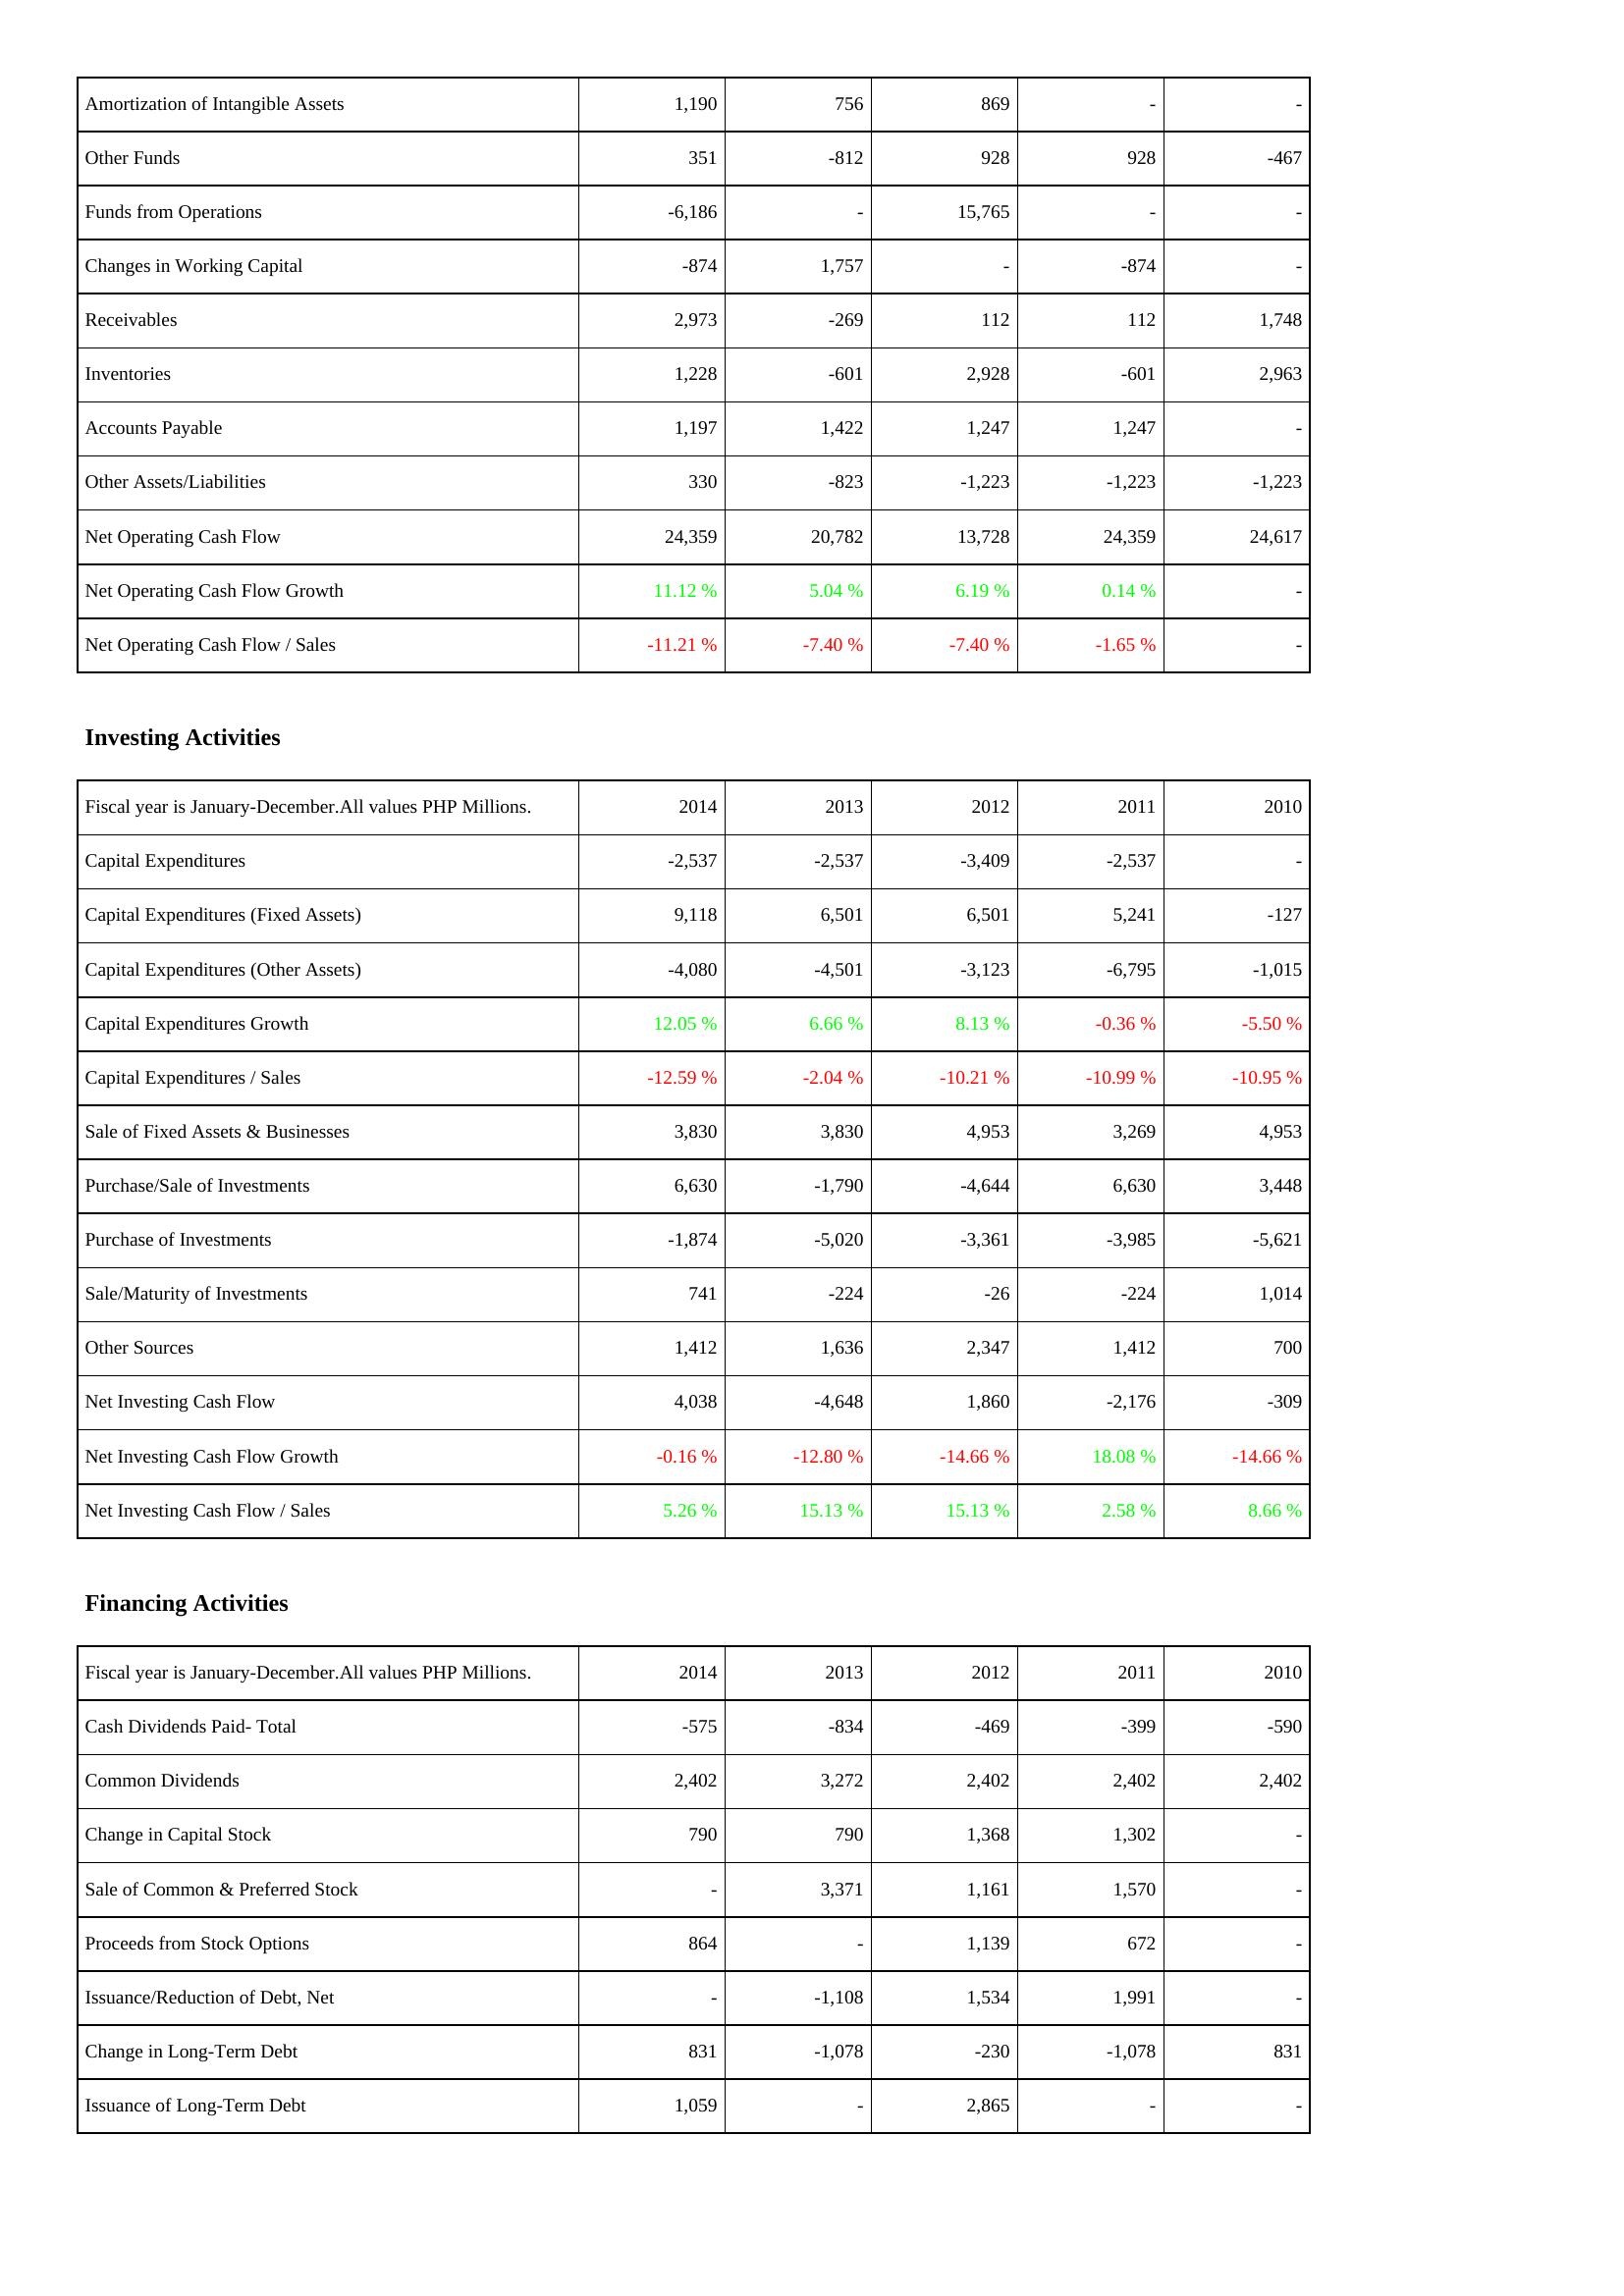
2014: Operating Activities: Amortization of Intangible Assets: 1,190
Other Funds: 351
Funds from Operations: -6,186
Changes in Working Capital: -874
Receivables: 2,973
Inventories: 1,228
Accounts Payable: 1,197
Other Assets/Liabilities: 330
Net Operating Cash Flow: 24,359
Net Operating Cash Flow Growth: 11.12 %
Net Operating Cash Flow / Sales: -11.21 %
Investing Activities: Capital Expenditures: -2,537
Capital Expenditures (Fixed Assets): 9,118
Capital Expenditures (Other Assets): -4,080
Capital Expenditures Growth: 12.05 %
Capital Expenditures / Sales: -12.59 %
Sale of Fixed Assets & Businesses: 3,830
Purchase/Sale of Investments: 6,630
Purchase of Investments: -1,874
Sale/Maturity of Investments: 741
Other Sources: 1,412
Net Investing Cash Flow: 4,038
Net Investing Cash Flow Growth: -0.16 %
Net Investing Cash Flow / Sales: 5.26 %
Financing Activities: Cash Dividends Paid- Total: -575
Common Dividends: 2,402
Change in Capital Stock: 790
Sale of Common & Preferred Stock: -
Proceeds from Stock Options: 864
Issuance/Reduction of Debt, Net: -
Change in Long-Term Debt: 831
Issuance of Long-Term Debt: 1,059
2013: Operating Activities: Amortization of Intangible Assets: 756
Other Funds: -812
Funds from Operations: -
Changes in Working Capital: 1,757
Receivables: -269
Inventories: -601
Accounts Payable: 1,422
Other Assets/Liabilities: -823
Net Operating Cash Flow: 20,782
Net Operating Cash Flow Growth: 5.04 %
Net Operating Cash Flow / Sales: -7.40 %
Investing Activities: Capital Expenditures: -2,537
Capital Expenditures (Fixed Assets): 6,501
Capital Expenditures (Other Assets): -4,501
Capital Expenditures Growth: 6.66 %
Capital Expenditures / Sales: -2.04 %
Sale of Fixed Assets & Businesses: 3,830
Purchase/Sale of Investments: -1,790
Purchase of Investments: -5,020
Sale/Maturity of Investments: -224
Other Sources: 1,636
Net Investing Cash Flow: -4,648
Net Investing Cash Flow Growth: -12.80 %
Net Investing Cash Flow / Sales: 15.13 %
Financing Activities: Cash Dividends Paid- Total: -834
Common Dividends: 3,272
Change in Capital Stock: 790
Sale of Common & Preferred Stock: 3,371
Proceeds from Stock Options: -
Issuance/Reduction of Debt, Net: -1,108
Change in Long-Term Debt: -1,078
Issuance of Long-Term Debt: -
2012: Operating Activities: Amortization of Intangible Assets: 869
Other Funds: 928
Funds from Operations: 15,765
Changes in Working Capital: -
Receivables: 112
Inventories: 2,928
Accounts Payable: 1,247
Other Assets/Liabilities: -1,223
Net Operating Cash Flow: 13,728
Net Operating Cash Flow Growth: 6.19 %
Net Operating Cash Flow / Sales: -7.40 %
Investing Activities: Capital Expenditures: -3,409
Capital Expenditures (Fixed Assets): 6,501
Capital Expenditures (Other Assets): -3,123
Capital Expenditures Growth: 8.13 %
Capital Expenditures / Sales: -10.21 %
Sale of Fixed Assets & Businesses: 4,953
Purchase/Sale of Investments: -4,644
Purchase of Investments: -3,361
Sale/Maturity of Investments: -26
Other Sources: 2,347
Net Investing Cash Flow: 1,860
Net Investing Cash Flow Growth: -14.66 %
Net Investing Cash Flow / Sales: 15.13 %
Financing Activities: Cash Dividends Paid- Total: -469
Common Dividends: 2,402
Change in Capital Stock: 1,368
Sale of Common & Preferred Stock: 1,161
Proceeds from Stock Options: 1,139
Issuance/Reduction of Debt, Net: 1,534
Change in Long-Term Debt: -230
Issuance of Long-Term Debt: 2,865
2011: Operating Activities: Amortization of Intangible Assets: -
Other Funds: 928
Funds from Operations: -
Changes in Working Capital: -874
Receivables: 112
Inventories: -601
Accounts Payable: 1,247
Other Assets/Liabilities: -1,223
Net Operating Cash Flow: 24,359
Net Operating Cash Flow Growth: 0.14 %
Net Operating Cash Flow / Sales: -1.65 %
Investing Activities: Capital Expenditures: -2,537
Capital Expenditures (Fixed Assets): 5,241
Capital Expenditures (Other Assets): -6,795
Capital Expenditures Growth: -0.36 %
Capital Expenditures / Sales: -10.99 %
Sale of Fixed Assets & Businesses: 3,269
Purchase/Sale of Investments: 6,630
Purchase of Investments: -3,985
Sale/Maturity of Investments: -224
Other Sources: 1,412
Net Investing Cash Flow: -2,176
Net Investing Cash Flow Growth: 18.08 %
Net Investing Cash Flow / Sales: 2.58 %
Financing Activities: Cash Dividends Paid- Total: -399
Common Dividends: 2,402
Change in Capital Stock: 1,302
Sale of Common & Preferred Stock: 1,570
Proceeds from Stock Options: 672
Issuance/Reduction of Debt, Net: 1,991
Change in Long-Term Debt: -1,078
Issuance of Long-Term Debt: -
2010: Operating Activities: Amortization of Intangible Assets: -
Other Funds: -467
Funds from Operations: -
Changes in Working Capital: -
Receivables: 1,748
Inventories: 2,963
Accounts Payable: -
Other Assets/Liabilities: -1,223
Net Operating Cash Flow: 24,617
Net Operating Cash Flow Growth: -
Net Operating Cash Flow / Sales: -
Investing Activities: Capital Expenditures: -
Capital Expenditures (Fixed Assets): -127
Capital Expenditures (Other Assets): -1,015
Capital Expenditures Growth: -5.50 %
Capital Expenditures / Sales: -10.95 %
Sale of Fixed Assets & Businesses: 4,953
Purchase/Sale of Investments: 3,448
Purchase of Investments: -5,621
Sale/Maturity of Investments: 1,014
Other Sources: 700
Net Investing Cash Flow: -309
Net Investing Cash Flow Growth: -14.66 %
Net Investing Cash Flow / Sales: 8.66 %
Financing Activities: Cash Dividends Paid- Total: -590
Common Dividends: 2,402
Change in Capital Stock: -
Sale of Common & Preferred Stock: -
Proceeds from Stock Options: -
Issuance/Reduction of Debt, Net: -
Change in Long-Term Debt: 831
Issuance of Long-Term Debt: -